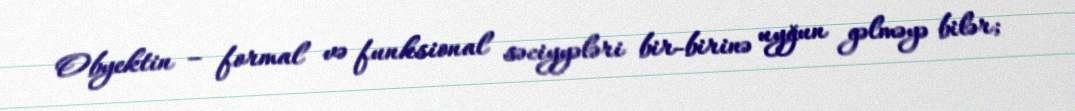
Obyektin – formal və funksional səciyyələri bir-birinə uyğun gəlməyə bilər;